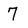
Character: 7